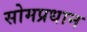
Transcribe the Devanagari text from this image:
सोमप्रधान